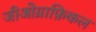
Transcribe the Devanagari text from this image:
जीओग्राफ़िकल